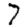
Digit: 7